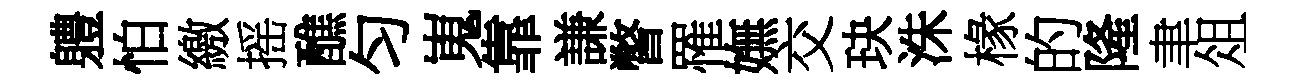
軆怕繳摇醮匀嵬靠謙瞥罹嫵交玦洙椽的隆聿俎